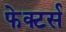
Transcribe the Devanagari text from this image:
फेक्टर्स